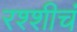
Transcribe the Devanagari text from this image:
रश्शीचं